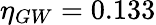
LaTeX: \eta_{GW}=0.133